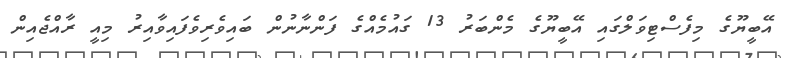
އޭބީޔޫގެ މިފެސްޓިވަލްގައި އޭބީޔޫގެ މެންބަރު 13 ގައުމެއްގެ ފަންނާނުން ބައިވެރިވެފައިވާއިރު މިއީ ރާއްޖެއިން